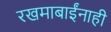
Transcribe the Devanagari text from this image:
रखमाबाईंनाही